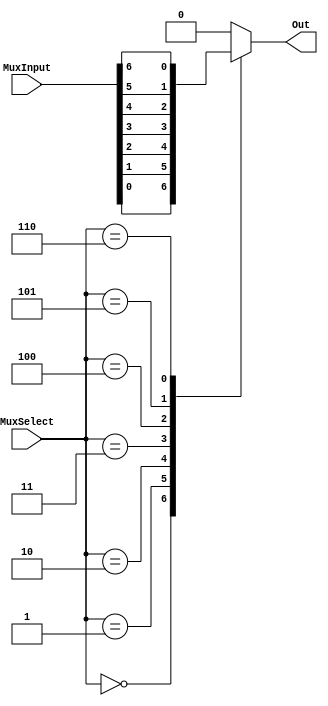
`timescale 1ns / 1ns // `timescale time_unit/time_precision

//SW[2:0] data inputs
//SW[9] select signal

//LEDR[0] output display
module mux_7_to_1(MuxInput, MuxSelect, Out);
	input [6:0]MuxInput;
	input [2:0]MuxSelect;
	output reg Out;     // declare the output signal for the always block

	always @(*)  // declare always block with sensitivity*
	begin
		case(MuxSelect[2:0])  // start case statement
		3'b000: Out = MuxInput[0];  // handle MuxSelect equals 0
		3'b001: Out = MuxInput[1];  // handle MuxSelect equals 1
		3'b010: Out = MuxInput[2];  // handle case 2
		3'b011: Out = MuxInput[3];	// case 3
		3'b100: Out = MuxInput[4];	// case 4
		3'b101: Out = MuxInput[5];	// case 5
		3'b110: Out = MuxInput[6];    // case 6
		default: Out = 1'b0;        // default case (all other cases)
		endcase
	end
endmodule

module main(SW, LEDR);
	input [9:0]SW;
	output [9:0]LEDR;
	
	mux_7_to_1 mux(.MuxInput(SW[6:0]), .MuxSelect(SW[9:7]), .Out(LEDR[0]));
endmodule